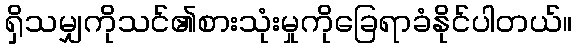
ရှိသမျှကိုသင်၏စားသုံးမှုကိုခြေရာခံနိုင်ပါတယ်။